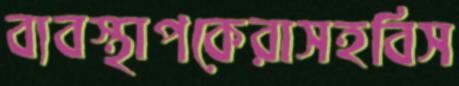
ব্যবস্থাপকেরাসহবিস